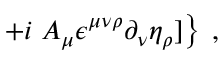
\left. + i \; A _ { \mu } \epsilon ^ { \mu \nu \rho } \partial _ { \nu } \eta _ { \rho } ] \right\} \; ,